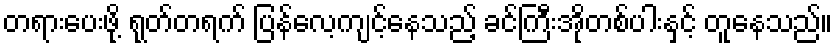
တရားပေးဖို့ ရုတ်တရက် ပြန်လေ့ကျင့်နေသည့် ခင်ကြီးအိုတစ်ပါးနှင့် တူနေသည်။